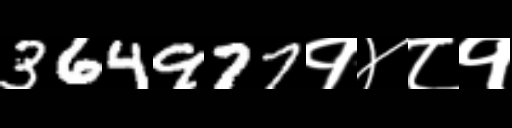
Text: 364977१४८१